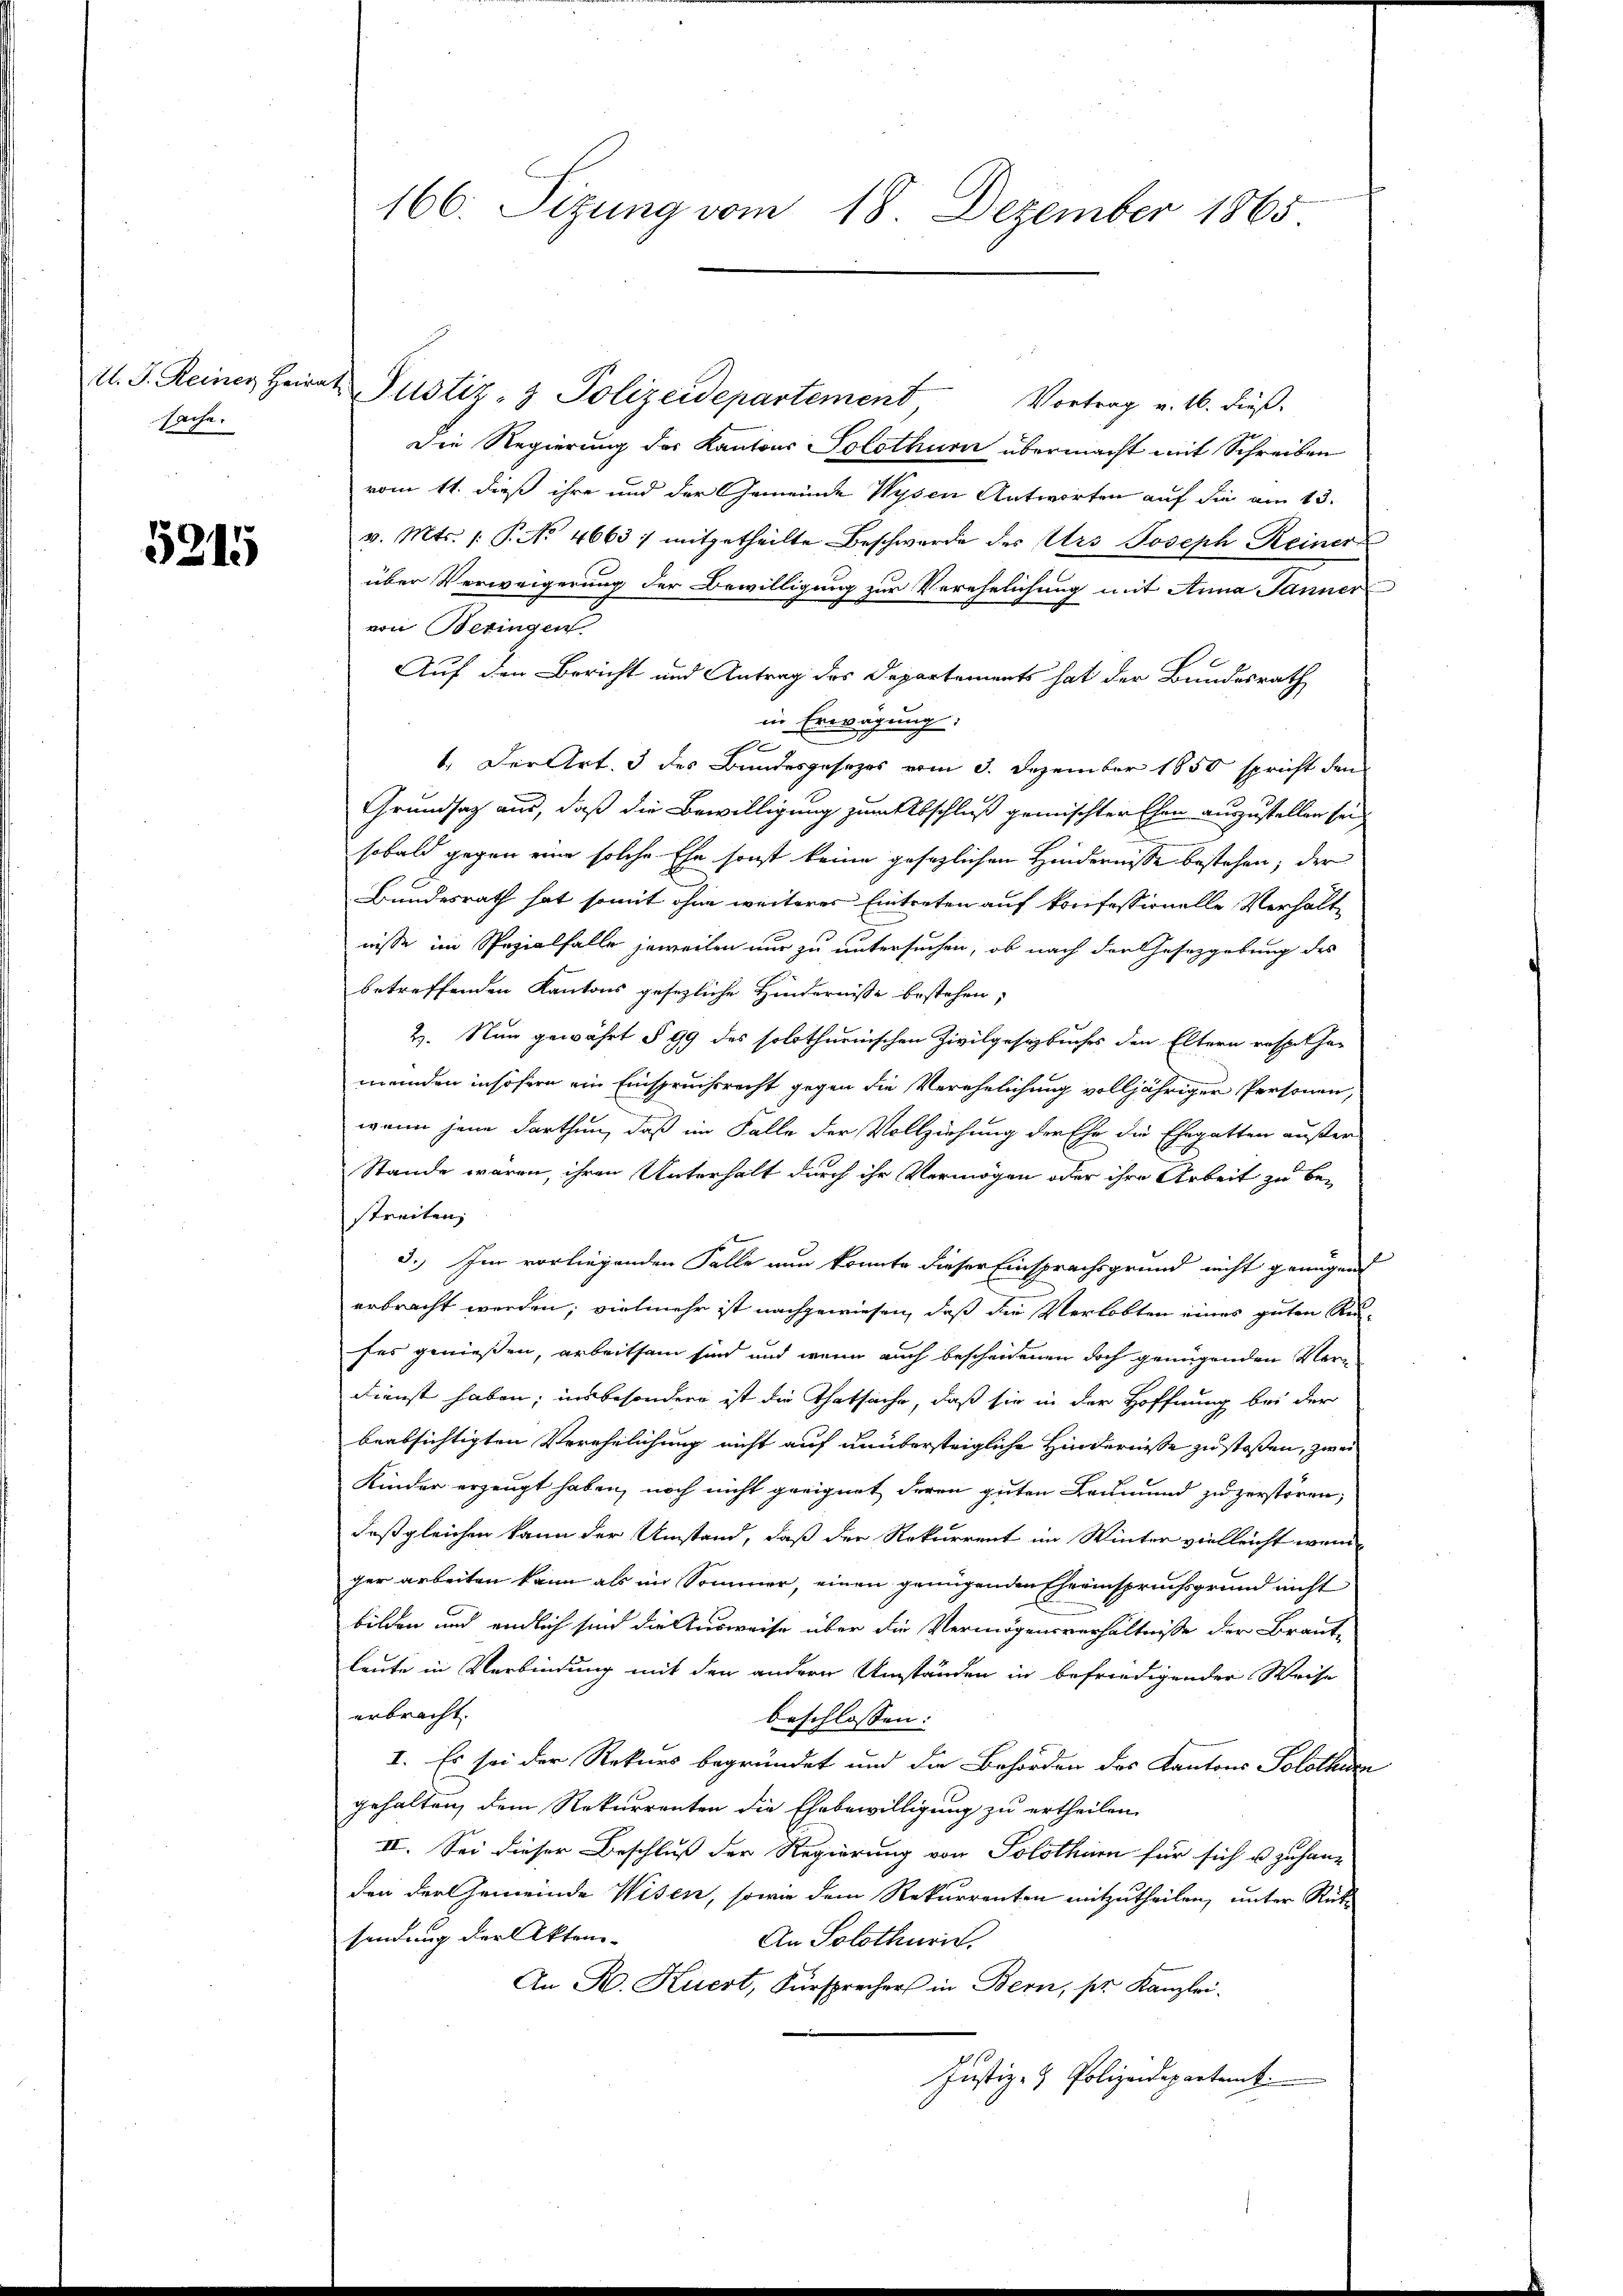
A. J. Reiner Heir
sache.

5215

166. Sizung vom 18. Dezember 1865

I. Justiz- & Polizeidepartement
Vortrag v. 16. dieß.
Die Regierung des Kantons Solothurn übermacht mit Schreiben
vom 11. dieß ihre und der Gemeinde Wysen Antworten auf die am 13.
v. Mts. /: P. No 4663 : mitgetheilte Beschwerde des Urs Joseph Reiner
über Verweigerung der Bewilligung zur Verehelichung mit Anna Jänner
von Beringen
Auf den Bericht und Antrag des Departements hat der Bundesrath
in Erwägung.
e
e
1. Der Art. 3 des Bandesgesezes vom 3. Dezember 1850 spricht dem
Grundsaz aus, daß die Bewilligung zum Abschluß gemischter Ehen auszustellen sein
sobald gegen eine solche Ehe sonst keine gesezlichen Hindernisse bestehen; der
Bundesrath hat somit ohne weiteres Eintreten auf konfessionelle Verhält-
nisse im Spezialfalle jeweilen nur zu untersuchen, ob nach der Gesetzgebung des
betreffenden Kantons gesezliche Hindernisse bestehen;
2. Nun gewährt § 99 des solothurnischen Zivilgesezbuches den Eltern respelhar
meinden insofern ein Einspruchsrecht gegen die Verehelichung volljähriger Personen,
wenn jene darthun, daß im Falle der Vollziehung der Ehe die Ehegatten außer
Stande waren, ihren Unterhalt durch ihr Vermögen oder ihre Arbeit zu be-
streiten,
5.) Im vorliegenden Falle nun konnte dieser Einsprachsgrund nicht genügend
erbracht werden; vielmehr ist nachgewiesen, daß die Verlobten eines guten Refes genießen, arbeitsam sind und wenn auch bescheidenen doch genügenden Ver¬
Dienst haben; insbesondere ist die Thatsache, daß sie in der Hoffnung bei der
beabsichtigten Verehelichung nicht auf unübersteigliche Hindernisse zu stoßen, zwei
Kinder erzeugt haben, noch nicht geeignet deren guten Leumund zu zerstören,
daß gleichen kann der Umstand, daß der Rekurrent im Winter vielleicht weni
ger arbeiten kann als im Sommer, einen genügenden Eheeinspruchsgrund nicht
bilden und endlich sind die Ausweise über die Vermögensverhältnisse der Braut-
leute in Verbindung mit den andern Umständen in befriedigender Weise
erbracht.
beschlossen:
I. Es sei der Rekurs begründet und die Behörden des Kantons Solothurn
gehalten, dem Rekurrenten die Ehebewilligung zu ertheilen.
II. Sei dieser Beschluß der Regierung von Solothurn für sich u zu handen der Gemeinde Wisen, sowie dem Rekurrenten mitzutheilen, unter Rück
sendung der Akten-
An Solothurit.
An K. Kuert, Fürsprechers in Bern, pr. Kanzlei.
Justiz- & Polizeidepartemb.